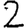
Digit: 2